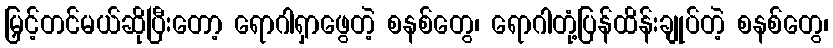
မြှင့်တင်မယ်ဆိုပြီးတော့ ရောဂါရှာဖွေတဲ့ စနစ်တွေ၊ ရောဂါတုံ့ပြန်ထိန်းချုပ်တဲ့ စနစ်တွေ၊